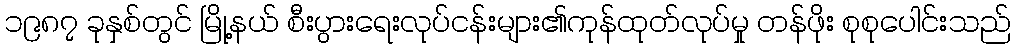
၁၉၈၇ ခုနှစ်တွင် မြို့နယ် စီးပွားရေးလုပ်ငန်းများ၏ကုန်ထုတ်လုပ်မှု တန်ဖိုး စုစုပေါင်းသည်